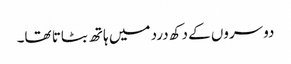
دوسروں کے دکھ درد میں ہاتھ بٹاتا تھا۔